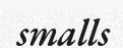
smalls